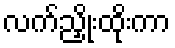
လက်ညှိုးထိုးကာ